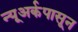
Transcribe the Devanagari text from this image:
न्यूअर्कपासून